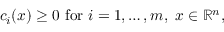
c _ { i } ( x ) \geq 0 ~ { \mathrm { f o r } } ~ i = 1 , \ldots , m , ~ x \in \mathbb { R } ^ { n } ,